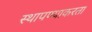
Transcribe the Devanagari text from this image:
स्थापण्याकरता